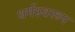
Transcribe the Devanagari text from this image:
धर्मस्वरूप